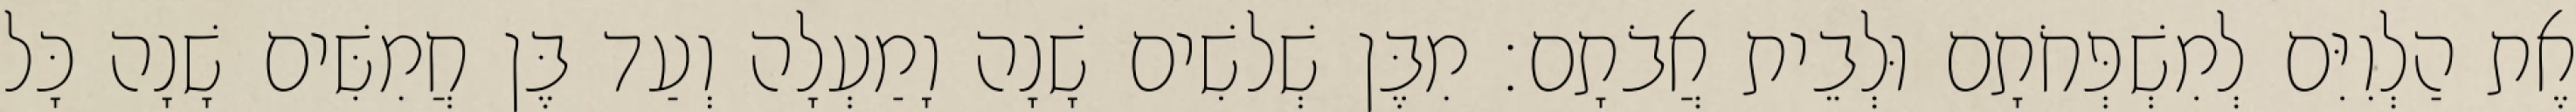
אֶת הַלְוִיִּם לְמִשְׁפְּחֹתָם וּלְבֵית אֲבֹתָם׃ מִבֶּן שְׁלשִׁים שָׁנָה וָמַעְלָה וְעַד בֶּן חֲמִשִּׁים שָׁנָה כָּל